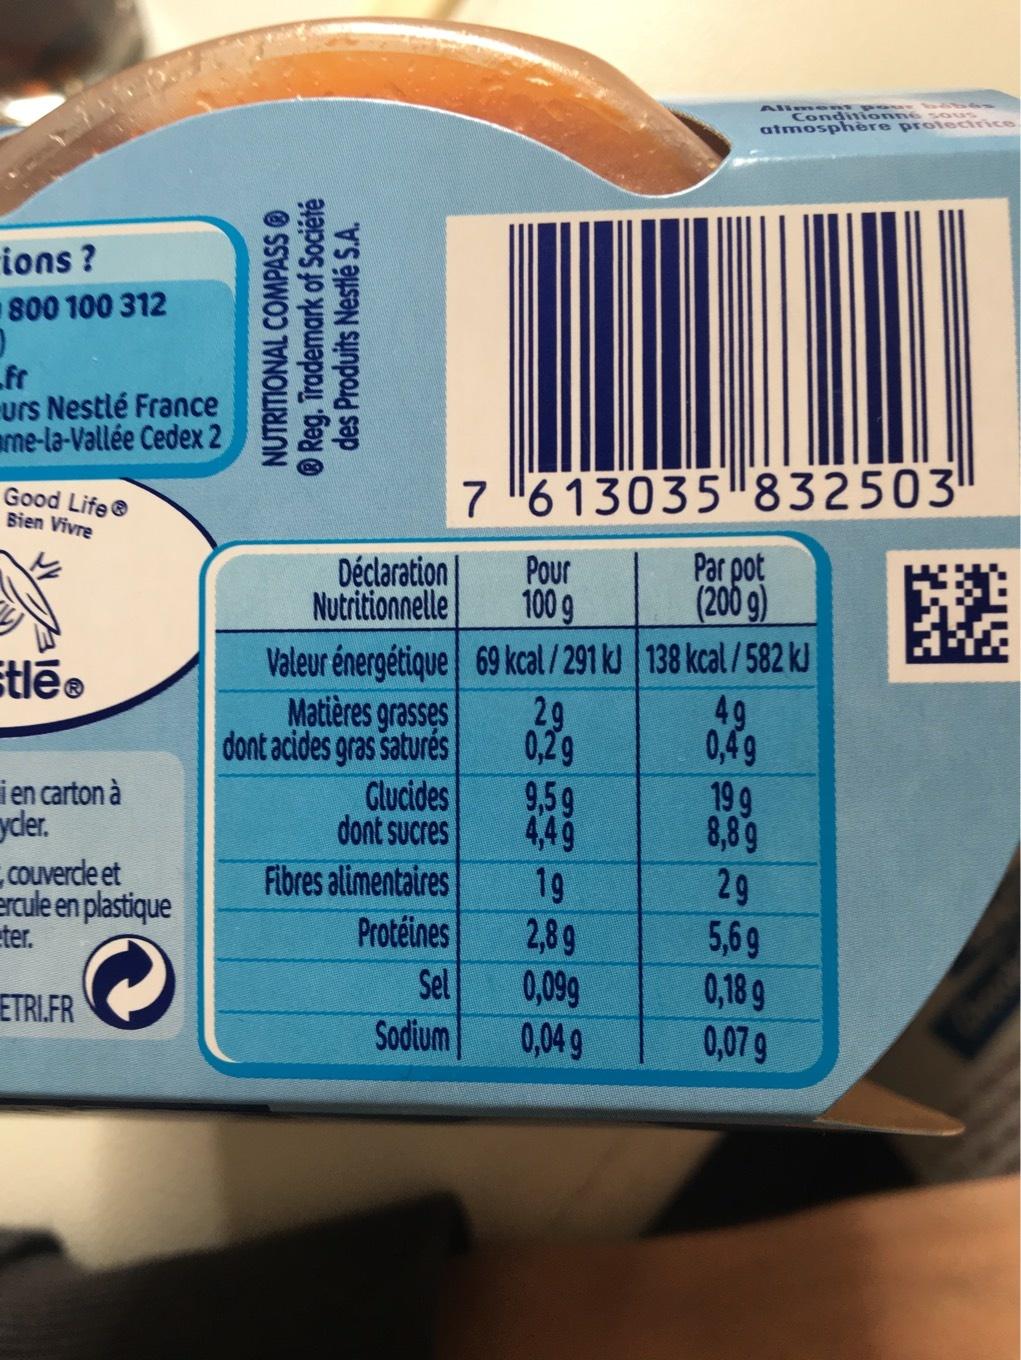
ions?
800 100 312
0
fr
urs Nestlé France me-la-Vallée Cedex 2
Good Life Bien Vivre
tlēⓇ
i en carton à
cycler.
couvercle et ercule en plastique ter.
ETRI.FR
Reg. Trademark of Société NUTRITIONAL COMPASS des Produits Nestlé S.A.
Déclaration
Nutritionnelle
Matières grasses
dont acides gras saturés
Glucides
dont sucres
Valeur énergétique 69 kcal/291 kJ 138 kcal/582 kJ
29
49
0,29
0,49
Fibres alimentaires
Protéines
Sel
Sodium
7613035 832503
Pour 100 9
Allment pour babes Conditionné sous atmosphère protectrice
9,59
4,49
19
2,8g
0,099
0,04 g
Par pot (200 g)
199
8,89
29
5,69
0,18 g
0,07 g